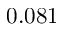
0 . 0 8 1